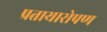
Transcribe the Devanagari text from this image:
प्रतायारोपण